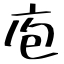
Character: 庖